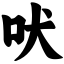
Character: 吠